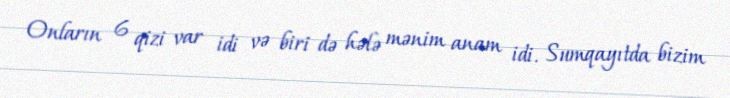
Onların 6 qizi var idi və biri də hələ mənim anam idi. Sumqayıtda bizim